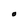
Character: O